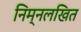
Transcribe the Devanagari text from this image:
निम्नलखित